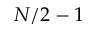
N / 2 - 1